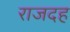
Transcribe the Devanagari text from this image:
राजदह